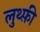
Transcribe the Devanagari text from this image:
लुथ्फ़ी